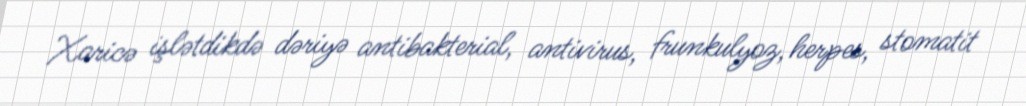
Xaricə işlətdikdə dəriyə antibakterial, antivirus, frunkulyoz, herpes, stomatit